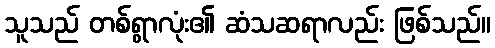
သူသည် တစ်ရွာလုံး၏ ဆံသဆရာလည်း ဖြစ်သည်။